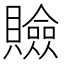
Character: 𧸘